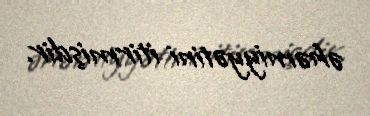
əhəmiyyətini itirmişdir.